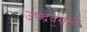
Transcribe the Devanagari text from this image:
उपद्रवग्रस्त